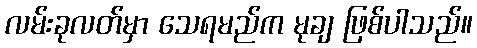
လမ်းခုလတ်မှာ သေရမည်က မုချ ဖြစ်ပါသည်။